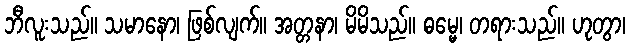
ဘီလူးသည်။ သမာနော၊ ဖြစ်လျက်။ အတ္တနာ၊ မိမိသည်။ ဓမ္မေ၊ တရားသည်။ ဟုတွာ၊